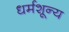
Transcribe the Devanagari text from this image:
धर्मशून्य